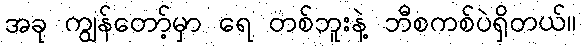
အခု ကျွန်တော့်မှာ ရေ တစ်ဘူးနဲ့ ဘီစကစ်ပဲရှိတယ်။